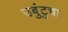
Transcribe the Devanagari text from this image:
उबुंटुचा